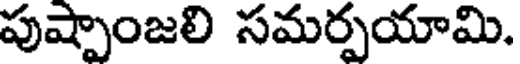
పుష్పాంజలి సమర్పయామి.